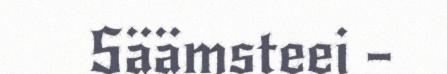
Säämsteei –